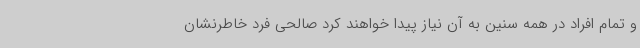
و تمام افراد در همه سنین به آن نیاز پیدا خواهند کرد صالحی فرد خاطرنشان